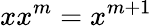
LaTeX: xx^{m}=x^{m+1}